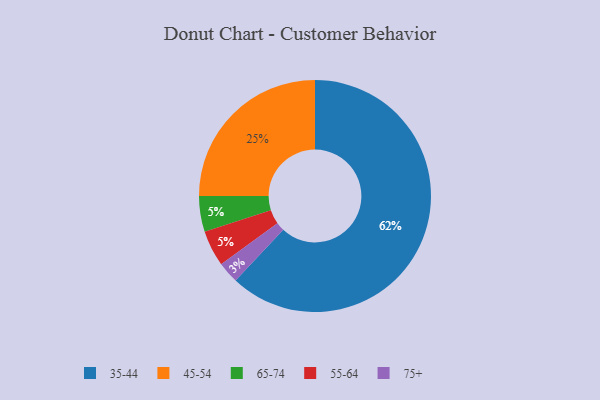
{"axis": {"x": "Category", "y": "Percentage"}, "legend": ["35-44", "45-54", "55-64", "65-74", "75+"], "data": [{"x": "65-74", "y": 5, "type": "65-74"}, {"x": "55-64", "y": 5, "type": "55-64"}, {"x": "45-54", "y": 25, "type": "45-54"}, {"x": "35-44", "y": 62, "type": "35-44"}, {"x": "75+", "y": 3, "type": "75+"}]}